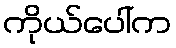
ကိုယ်ပေါ်က